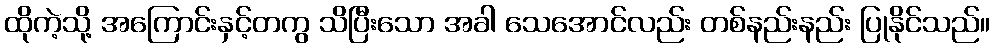
ထိုကဲ့သို့ အကြောင်းနှင့်တကွ သိပြီးသော အခါ သေအောင်လည်း တစ်နည်းနည်း ပြုနိုင်သည်။